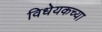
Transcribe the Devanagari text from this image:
विधेयकच्या